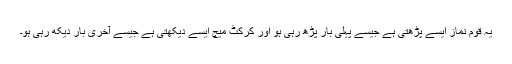
یہ قوم نماز ایسے پڑھتی ہے جیسے پہلی بار پڑھ رہی ہو اور کرکٹ میچ ایسے دیکھتی ہے جیسے آخری بار دیکھ رہی ہو۔